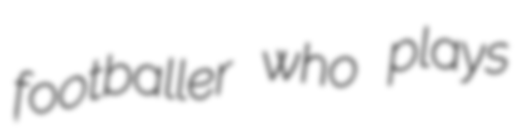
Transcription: footballer who plays